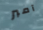
آمبر